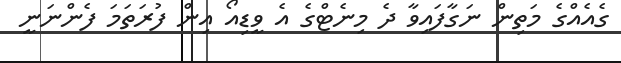
ގެއެއްގެ މަތިން ނަގާފައިވާ ދެ މިނެޓްގެ އެ ވީޑިއޯ އިން ފުރަތަމަ ފެންނަނީ